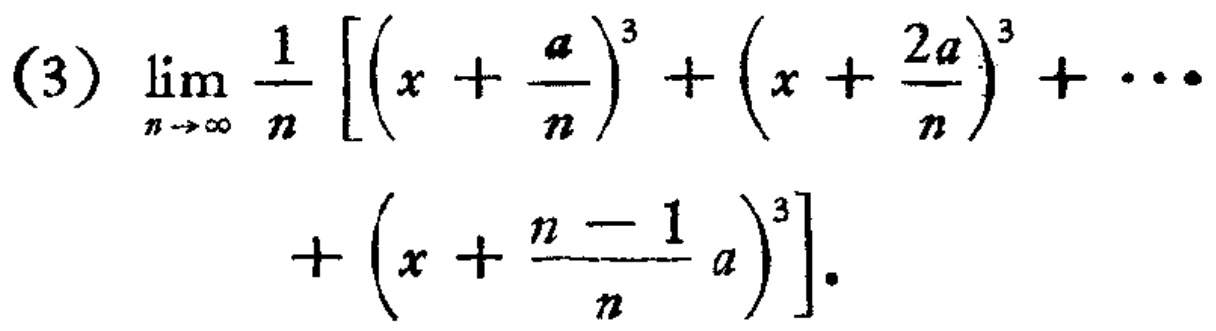
\(\lim_{n \to \infty} \frac{1}{n} \left[\left(x + \frac{a}{n}\right)^{3} + \left(x + \frac{2a}{n}\right)^{3} + \cdots + \left(x + \frac{n - 1}{n} a\right)^{3}\right]\)